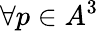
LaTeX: \forall p\in A^{3}